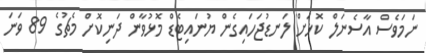
ނަމަވެސް އާސެނަލް ކޮޅަށް ލަނޑުޖަހައިގެން ޔުނައިޓެޑް މޮޅުވާން ދަނިކޮށް މެޗުގެ 89 ވަނަ